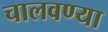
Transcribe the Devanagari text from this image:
चालवण्या